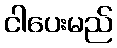
ငါပေးမည်